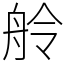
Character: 舲